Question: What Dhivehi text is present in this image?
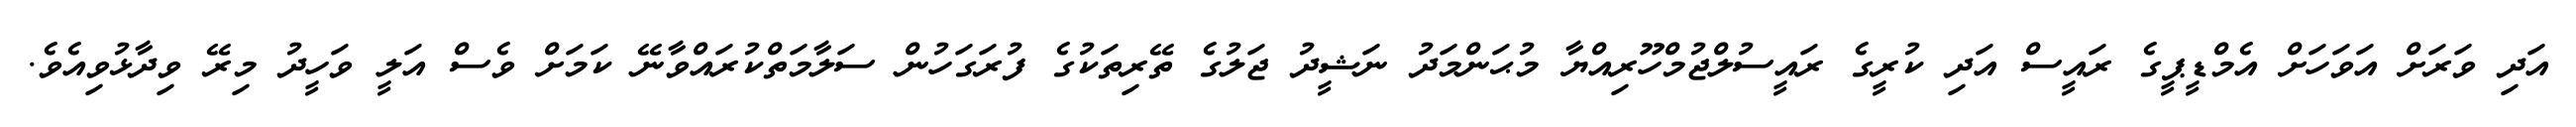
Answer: އަދި ވަރަށް އަވަހަށް އެމްޑީޕީގެ ރައީސް އަދި ކުރީގެ ރައީސުލްޖުމްހޫރިއްޔާ މުޙަންމަދު ނަޝީދު ޖަލުގެ ތޭރިތަކުގެ ފުރަގަހުން ސަލާމަތްކުރައްވާނޭ ކަމަށް ވެސް އަލީ ވަހީދު މިރޭ ވިދާޅުވިއެވެ.